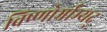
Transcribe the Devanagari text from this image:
विष्णोर्भ्राम्यद्